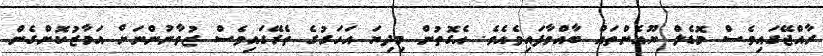
ރާާއްޖޭގައިވެސް މޮޑެލް ޔޫއެންތައް ބާއްވާފައިވެއެވެ. އެގޮތުން މިދިޔަ އަހަރުގެ ތެރޭގައިވެސް ޒުވާނުންނަށް އަމާޒުކޮށްގެން